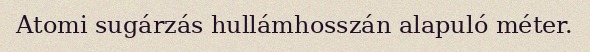
Atomi sugárzás hullámhosszán alapuló méter.